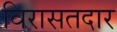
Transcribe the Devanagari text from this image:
विरासतदार